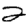
Digit: 2